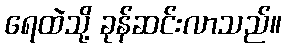
ရေထဲသို့ ခုန်ဆင်းလာသည်။